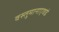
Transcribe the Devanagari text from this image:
वस्तुमानाएवढे